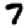
Digit: 7